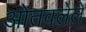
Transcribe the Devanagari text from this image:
ओतवलेले